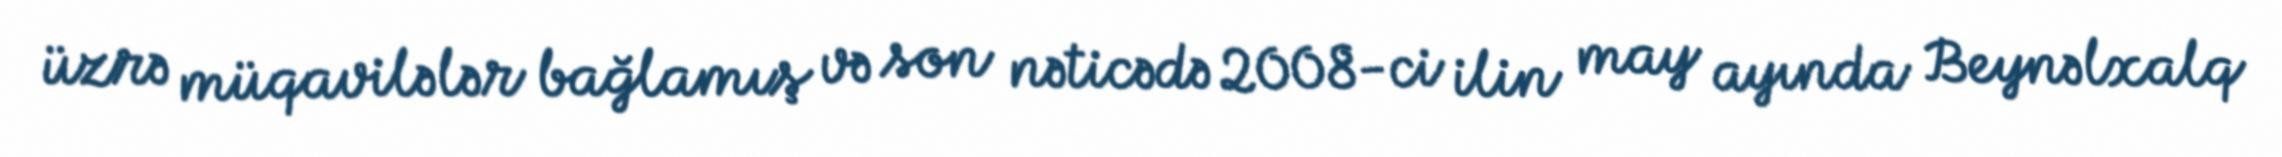
üzrə müqavilələr bağlamış və son nəticədə 2008-ci ilin may ayında Beynəlxalq